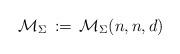
LaTeX: \begin{align*}{\mathcal M}_\Sigma\,:=\, {\mathcal M}_\Sigma(n,n,d)\end{align*}